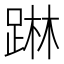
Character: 𨂕